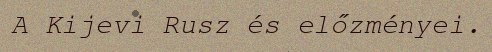
A Kijevi Rusz és előzményei.